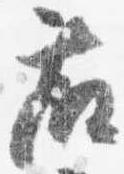
藤